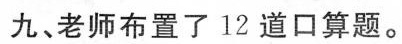
九、老师布置了12道口算题。